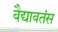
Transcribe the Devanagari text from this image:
वैद्यावतंस